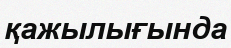
қажылығында